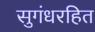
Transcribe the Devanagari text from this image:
सुगंधरहित